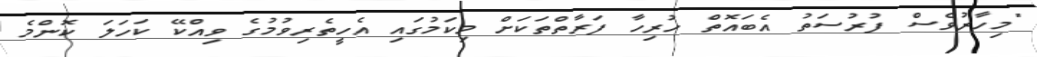
"މިހާރުވެސް ފުރުސަތު އެބައޮތް ހުރިހާ ފަރާތްތަކަށް މިކަމުގައި އެހީތެރިވުމުގެ ވިއްކޭ ކަހަލަ ކޮންމެ